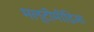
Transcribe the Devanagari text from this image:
मल्टीमीडिआ